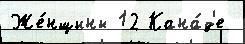
Же́нщины 12 Кана́д'е